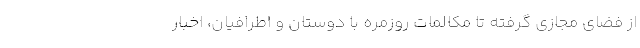
از فضای مجازی گرفته تا مکالمات روزمره با دوستان و اطرافیان، اخبار